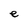
Character: e